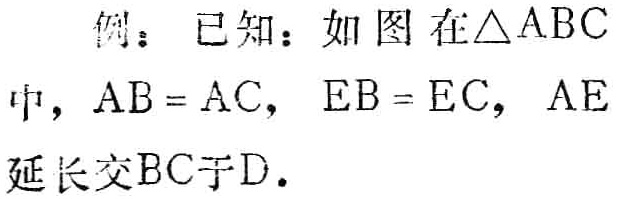
例：已知：如图在\(\triangle ABC\)中，\(AB = AC\)，\(EB = EC\)，\(AE\)延长交\(BC\)于\(D\).